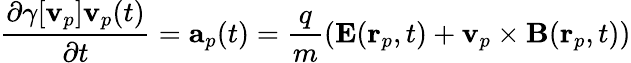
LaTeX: \frac{\partial\gamma[\mathbf{v}_{p}]\mathbf{v}_{p}(t)}{\partial t}=\mathbf{a}_{p}(t)=\frac{q}{m}\left(\mathbf{E}(\mathbf{r}_{p},t)+\mathbf{v}_{p}\times\mathbf{B}(\mathbf{r}_{p},t)\right)